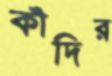
কাঁদির